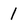
Character: 1